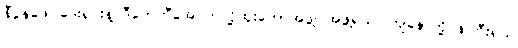
နီပွန်ဖေါင်ဒေးရှင်းနဲ့ ဒီကေဘီအေ ကလို့ထူးဘောအဖွဲ့၊ အဖွဲ့ရယ်၊ ကျနော်တို့ဝန်ကြီးရယ်